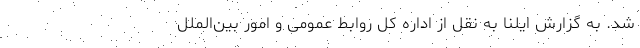
شد. به گزارش ایلنا به نقل از اداره کل روابط عمومی و امور بین‌الملل